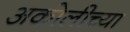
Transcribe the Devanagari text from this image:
अकोलीच्या